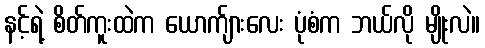
နင့်ရဲ့ စိတ်ကူးထဲက ယောက်ျားလေး ပုံစံက ဘယ်လို မျိုးလဲ။